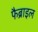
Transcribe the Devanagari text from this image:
फैब्राइल